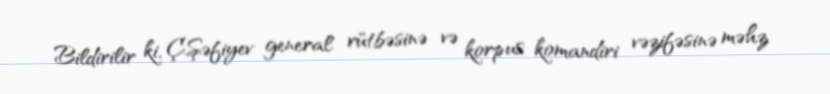
Bildirilir ki, Ç.Şəfiyev general rütbəsinə və korpus komandiri vəzifəsinə məhz